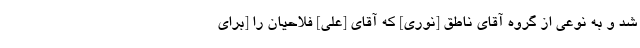
شد و به نوعی از گروه آقای ناطق [نوری] که آقای [علی] فلاحیان را [برای